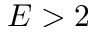
E > 2